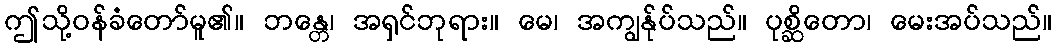
ဤသို့ဝန်ခံတော်မူ၏။ ဘန္တေ၊ အရှင်ဘုရား။ မေ၊ အကျွန်ုပ်သည်။ ပုစ္ဆိတော၊ မေးအပ်သည်။